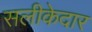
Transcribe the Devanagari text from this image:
सलीकेदार